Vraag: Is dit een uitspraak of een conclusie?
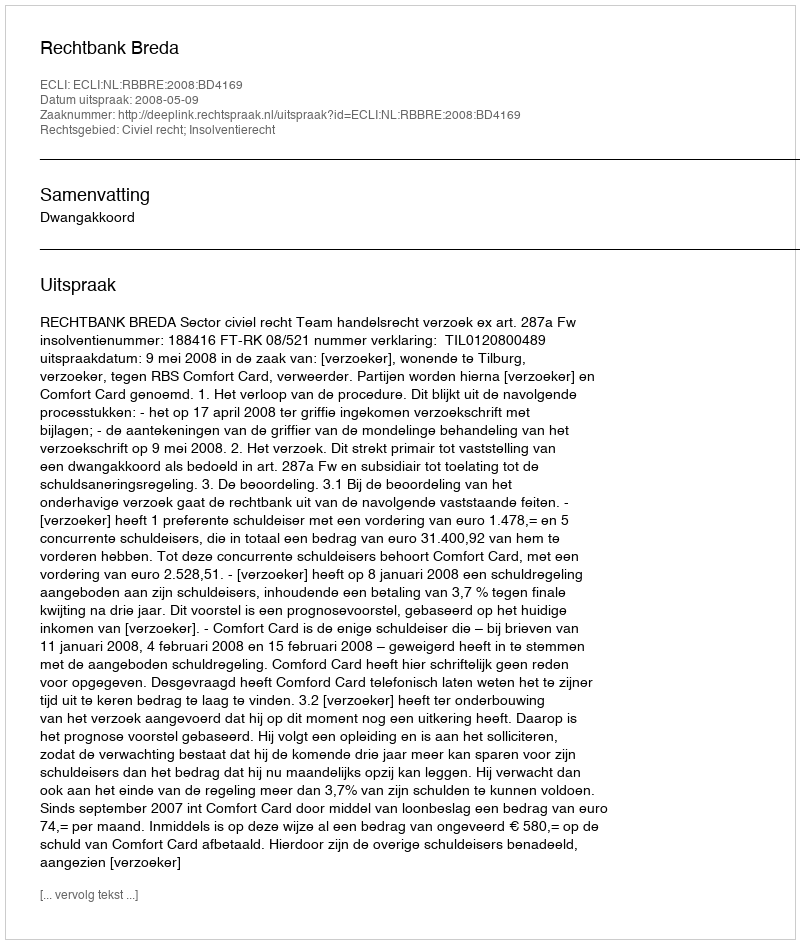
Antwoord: Uitspraak